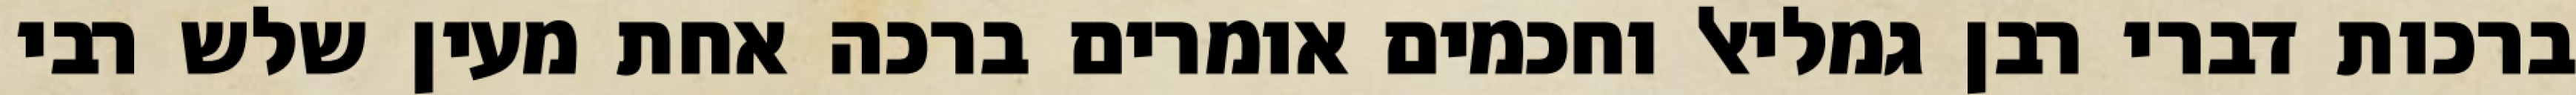
ברכות דברי רבן גמליאל וחכמים אומרים ברכה אחת מעין שלש רבי